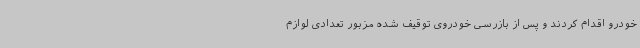
خودرو اقدام کردند و پس از بازرسی خودروی توقیف شده مزبور تعدادی لوازم